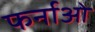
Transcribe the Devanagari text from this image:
फर्नाओ